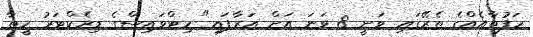
ހަފުތާއެއްގެ ތެރޭގައި ވަނީ 8 ވަނަ އަށް އަރާފައި" ހިޓްވައިސްގެ ޑިރެކްޓަރު ހީތާ